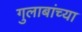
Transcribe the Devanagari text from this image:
गुलाबांच्या